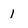
Character: 1